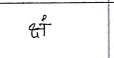
मजकूर: क्षं